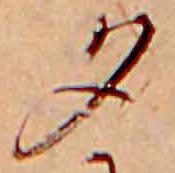
夕